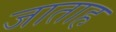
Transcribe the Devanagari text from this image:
जाताह